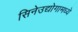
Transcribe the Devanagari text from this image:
सिनेउद्योगामध्ये